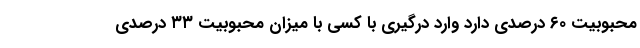
محبوبیت ۶۰ درصدی دارد وارد درگیری با کسی با میزان محبوبیت ۳۳ درصدی